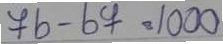
76 - 69 = 1000